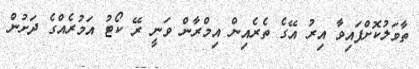
ތާވަލުކޮށްފައިވާ އިރު އޭގެ ތެރެއިން އިމްރާން ވަނީ ރޭ ކޯޓު އަމުރެއްގެ ދަށުން